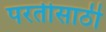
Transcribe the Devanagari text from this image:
परतीसाठी